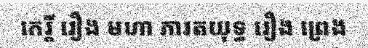
កេរ្តិ៍ រឿង មហា ភារតយុទ្ធ រឿង ព្រេង